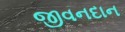
જીવનદાન